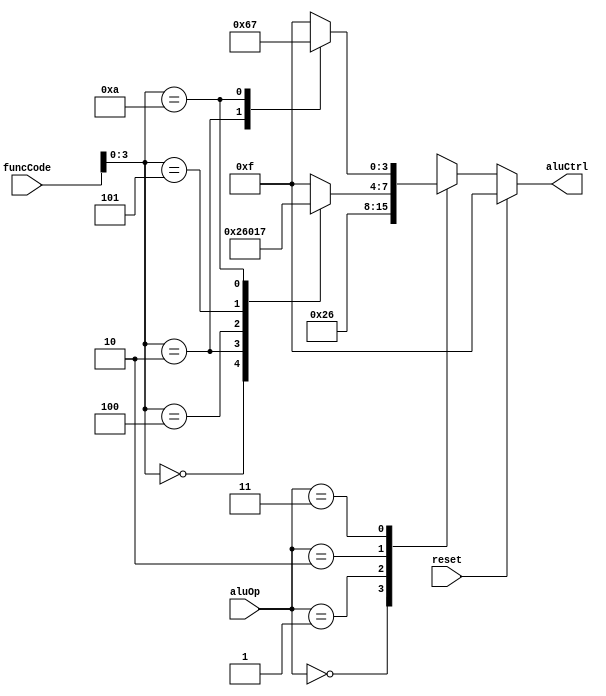
// Mdulo que gera os sinais de controle da ALU.
// Cdigo baseado na ALU implementada no apndice C da referncia [1].

module aluControl (aluOp, funcCode, aluCtrl, reset);

    input reset;
    input [1:0] aluOp;
    input [5:0] funcCode;
    output reg [3:0] aluCtrl;

    // Executa sempre que aluOp ou funcCode estiverem altos;
    always @(*) begin
        // Aplica o reset
        if (reset) begin
            aluCtrl = 4'b1111;
        end
        else begin
            case (aluOp)
                2'b00:
                    aluCtrl = 4'b0010;
                2'b01:
                    aluCtrl = 4'b0110;
                2'b10:
                    case(funcCode[3:0])
                        4'b0000: aluCtrl = 4'b0010;
                        4'b0010: aluCtrl = 4'b0110;
                        4'b0100: aluCtrl = 4'b0000;
                        4'b0101: aluCtrl = 4'b0001;
                        4'b1010: aluCtrl = 4'b0111;
                        default: aluCtrl = 4'b1111;
                    endcase
                2'b11:
                    case(funcCode[3:0])
                        4'b0010: aluCtrl = 4'b0110;
                        4'b1010: aluCtrl = 4'b0111;
                        default: aluCtrl = 4'b1111;
                    endcase
                default: aluCtrl = 4'b1111;
            endcase
        end
	end
endmodule